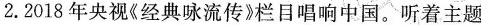
2.2018年央视《经典咏流传》栏目唱响中国。听着主题